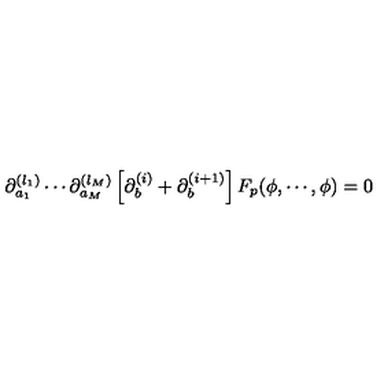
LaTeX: \partial _ { a _ { 1 } } ^ { ( l _ { 1 } ) } \cdots \partial _ { a _ { M } } ^ { ( l _ { M } ) } \left[ \partial _ { b } ^ { ( i ) } + \partial _ { b } ^ { ( i + 1 ) } \right] F _ { p } ( \phi , \cdots , \phi ) = 0